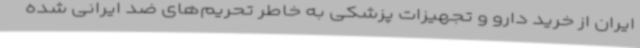
ایران از خرید دارو و تجهیزات پزشکی به خاطر تحریم‌های ضد ایرانی شده